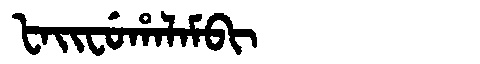
Manchu: ᡶᠠᡳᠸᡠᡥᠠᠯᠠᠮᠪᡳ
Romanization: FAIFUHALAMBI